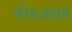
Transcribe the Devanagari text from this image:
कोडआधार